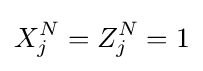
X_{j}^{N}=Z_{j}^{N}=1